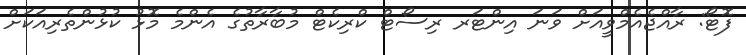
ފޮޓޯ: ރާއްޖެއެމްވީއަށް ވަނަ އިންޓަރ ރިސޯޓް ކްރިކެޓް މުބާރާތުގެ އެންމެ މޮޅު ކުޅުންތެރިއަކަށް